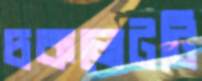
চকলেটটি